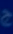
z